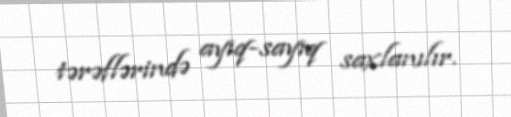
tərəflərində ayıq-sayıq saxlanılır.